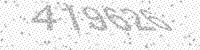
Solution: 419626